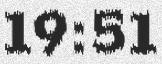
19:51